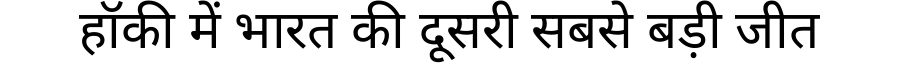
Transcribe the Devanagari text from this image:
हॉकी में भारत की दूसरी सबसे बड़ी जीत